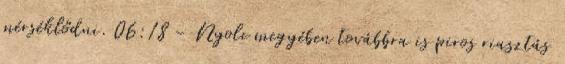
mérséklődni. 06:18 - Nyolc megyében továbbra is piros riasztás